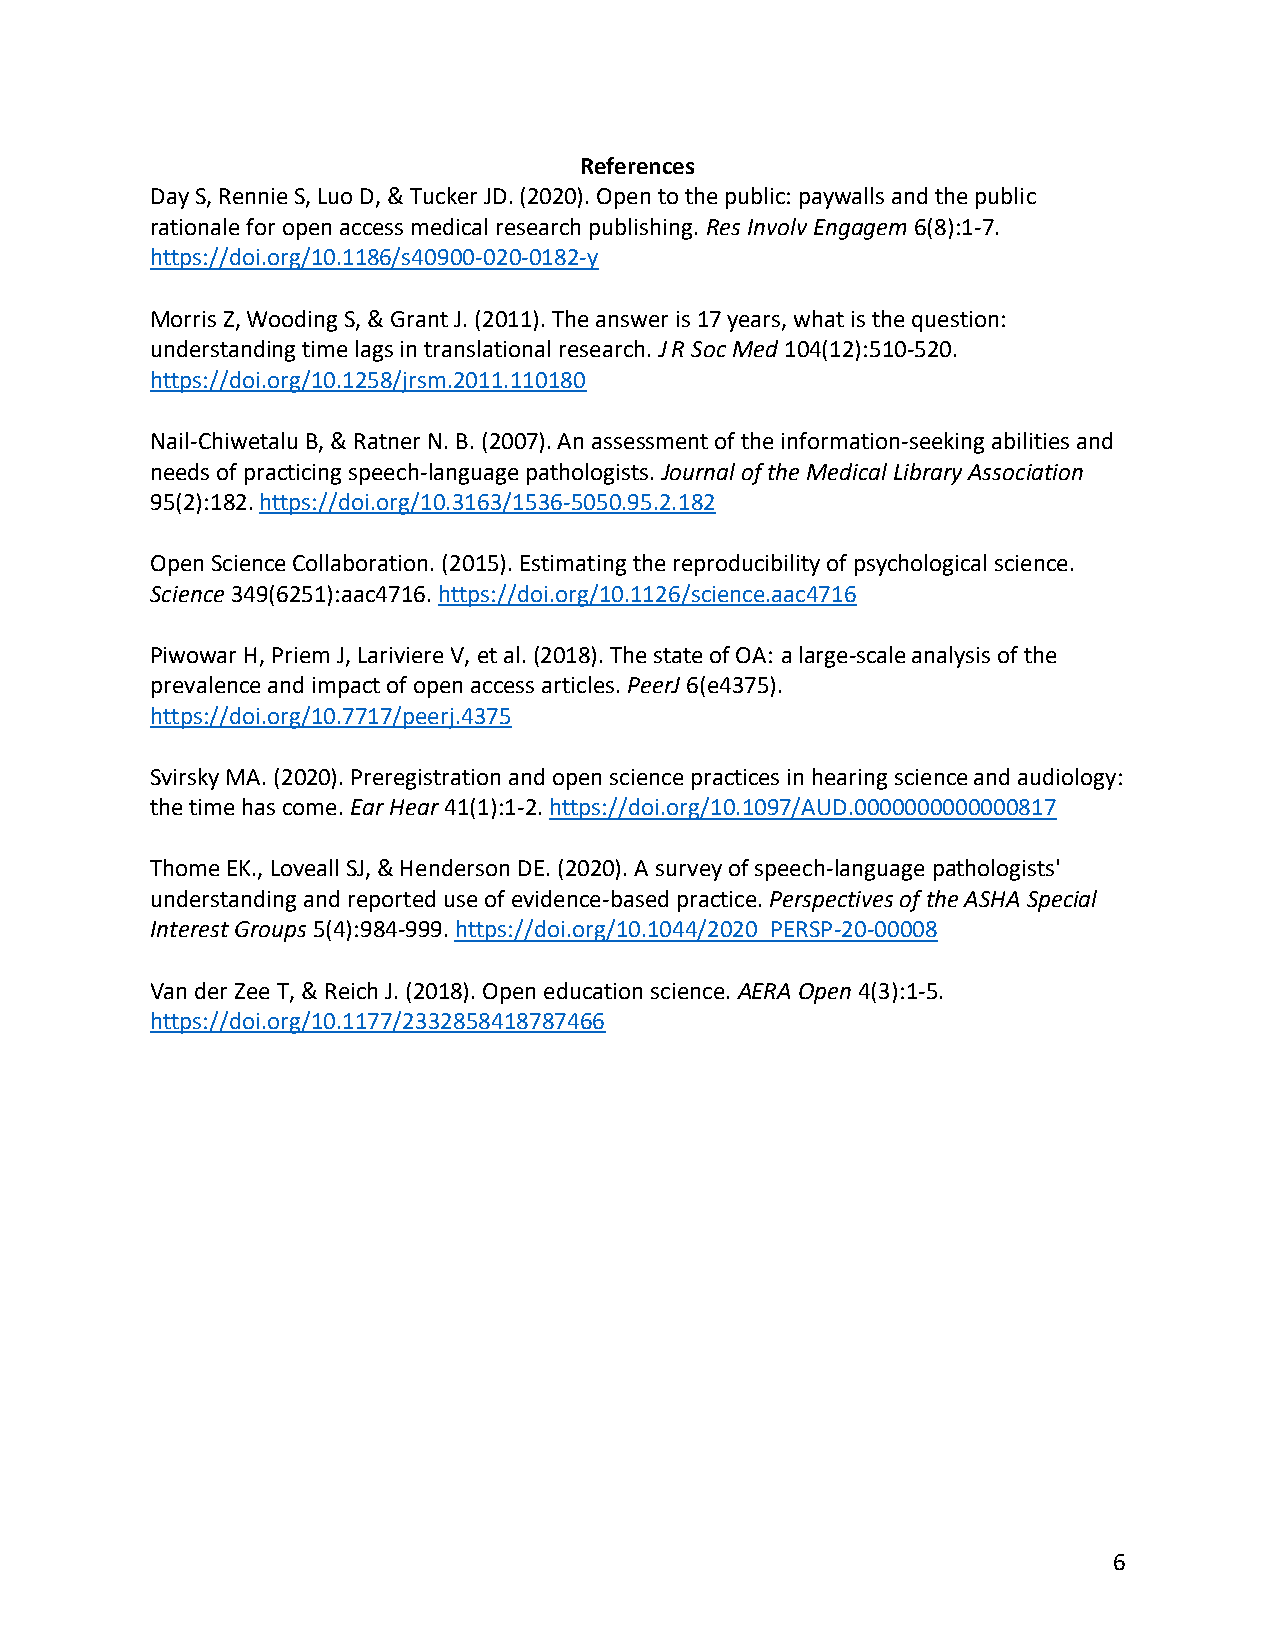
References
 Day S, Rennie S, Luo D, & Tucker JD. (2020). Open to the public: paywalls and the public
 rationale for open access medical research publishing. Res Involv Engagem 6(8):1-7.
 https://doi.org/10.1186/s40900-020-0182-y
 Morris Z, Wooding S, & Grant J. (2011). The answer is 17 years, what is the question:
 understanding time lags in translational research. J R Soc Med 104(12):510-520.
 https://doi.org/10.1258/jrsm.2011.110180
 Nail-Chiwetalu B, & Ratner N. B. (2007). An assessment of the information-seeking abilities and
 needs of practicing speech-language pathologists. Journal of the Medical Library Association
 95(2):182. https://doi.org/10.3163/1536-5050.95.2.182
 Open Science Collaboration. (2015). Estimating the reproducibility of psychological science.
 Science 349(6251):aac4716. https://doi.org/10.1126/science.aac4716
 Piwowar H, Priem J, Lariviere V, et al. (2018). The state of OA: a large-scale analysis of the
 prevalence and impact of open access articles. PeerJ 6(e4375).
 https://doi.org/10.7717/peerj.4375
 Svirsky MA. (2020). Preregistration and open science practices in hearing science and audiology:
 the time has come. Ear Hear 41(1):1-2. https://doi.org/10.1097/AUD.0000000000000817
 Thome EK., Loveall SJ, & Henderson DE. (2020). A survey of speech-language pathologists'
 understanding and reported use of evidence-based practice. Perspectives of the ASHA Special
 Interest Groups 5(4):984-999. https://doi.org/10.1044/2020_PERSP-20-00008
 Van der Zee T, & Reich J. (2018). Open education science. AERA Open 4(3):1-5.
 https://doi.org/10.1177/2332858418787466
 6